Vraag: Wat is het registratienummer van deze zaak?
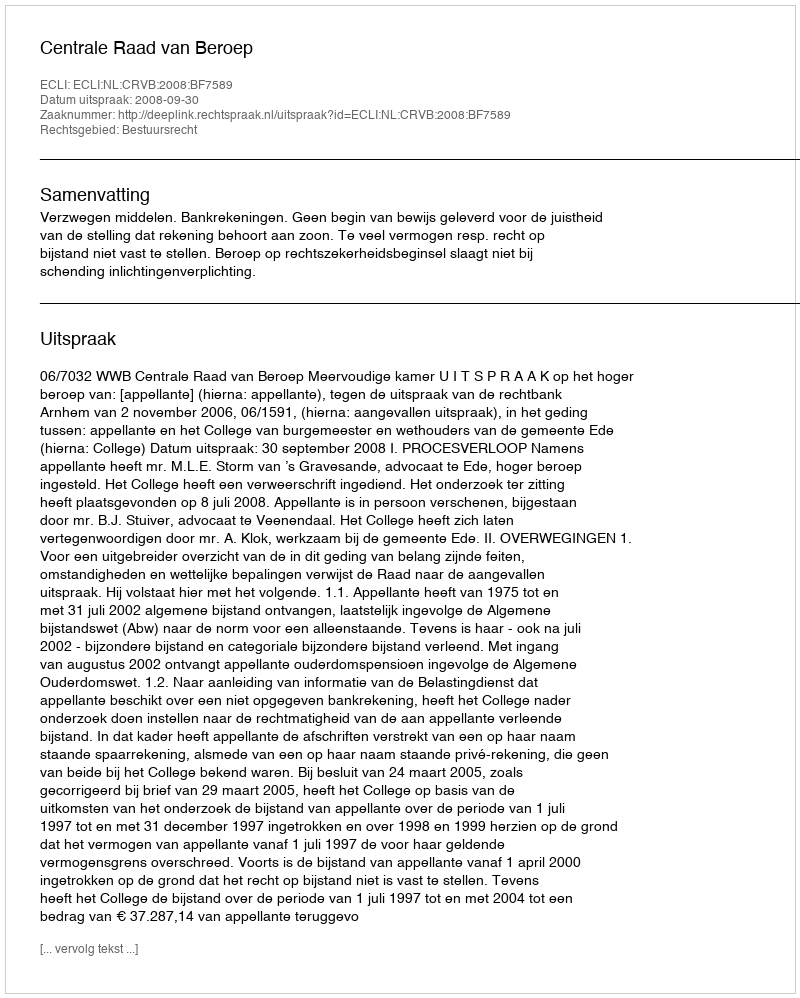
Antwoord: http://deeplink.rechtspraak.nl/uitspraak?id=ECLI:NL:CRVB:2008:BF7589